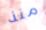
منذ